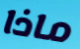
ماذا